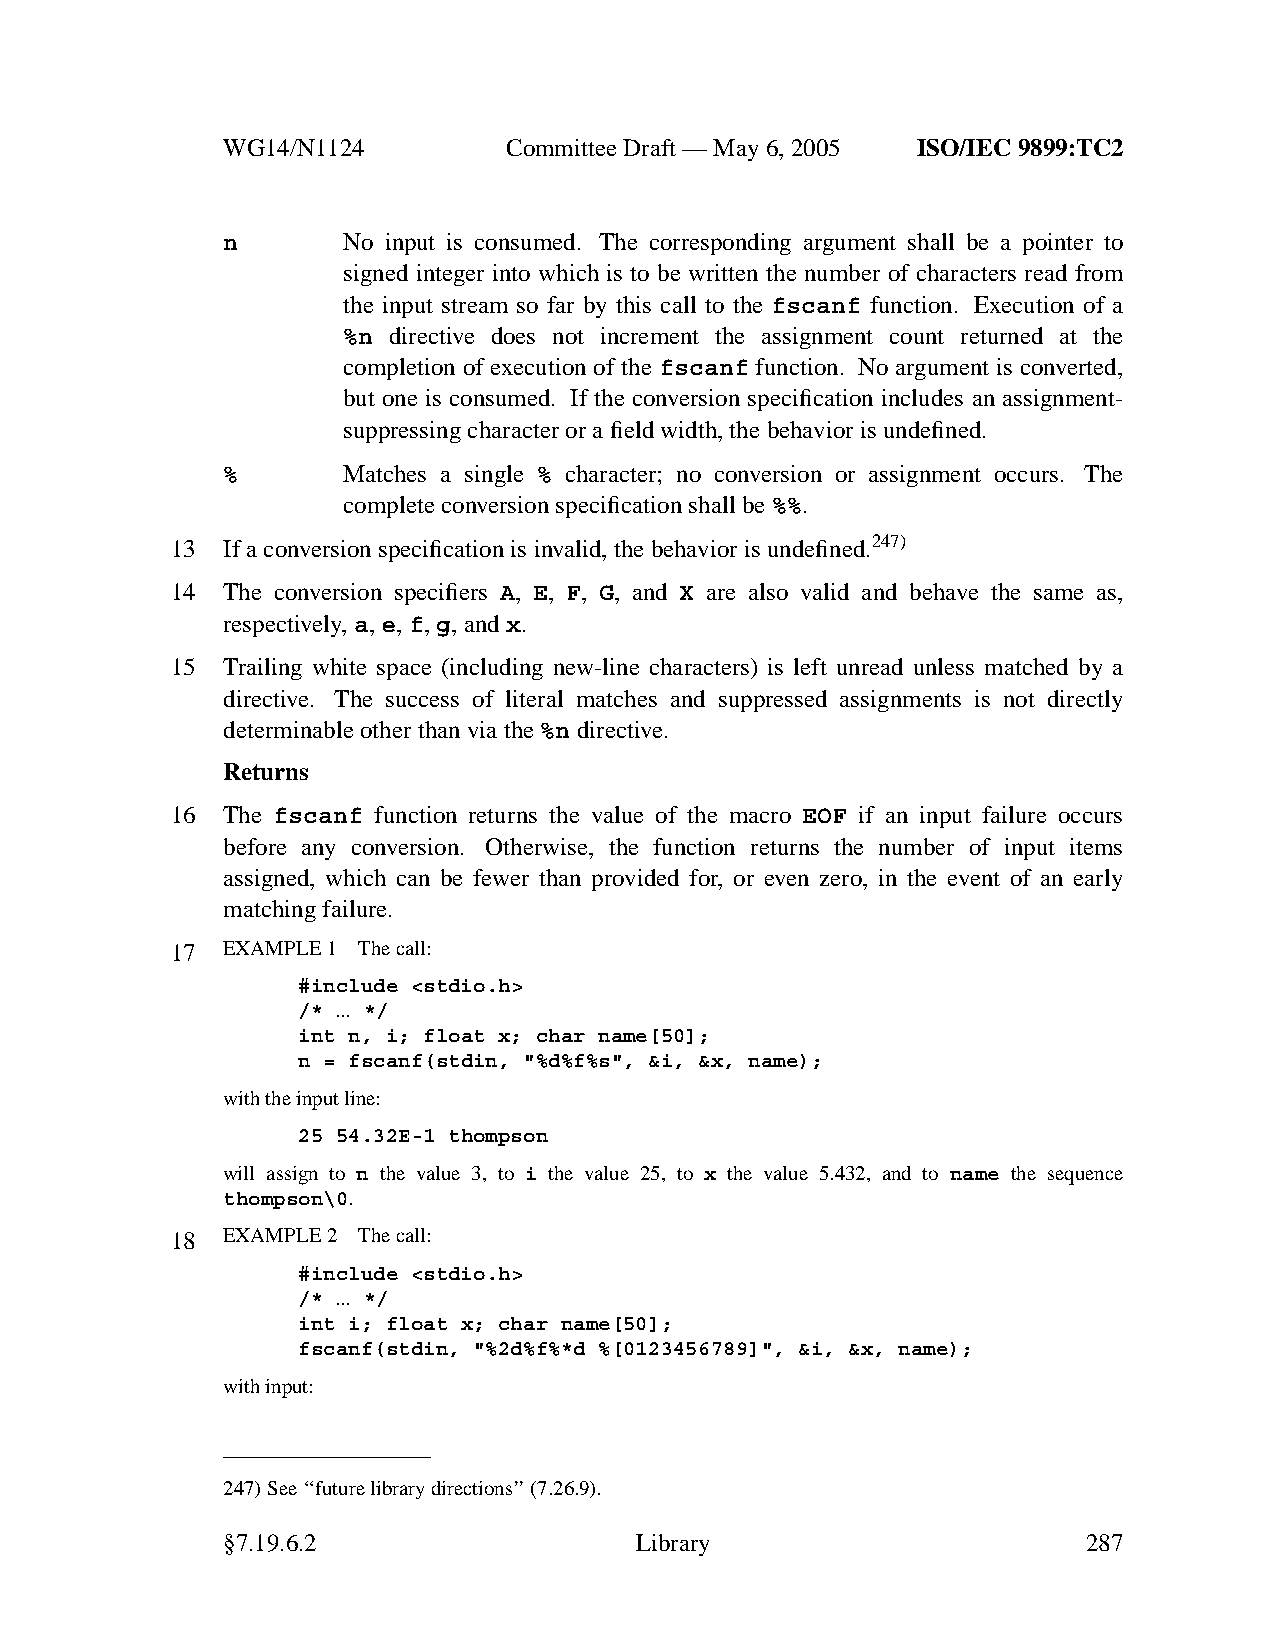
WG14/N1124        CommitteeDraft — May 6, 2005 ISO/IEC 9899:TC2
 n       No input is consumed. The corresponding argument shall be a pointer to
 signed integer into which is to be written the number of characters read from
 the input stream so far by this call to the fscanf function. Execution of a
 %n directive does not increment the assignment count returned at the
 completion of execution of the fscanf function. No argument is converted,
 but one is consumed. If the conversion specification includes an assignment-
 suppressing character or a field width, the behavior is undefined.
 %       Matches a single % character; no conversion or assignment occurs. The
 complete conversion specification shall be %%.
 13  If a conversion specification is invalid, the behavior is undefined.247)
 14  The conversion specifiers A, E, F, G, and X are also valid and behave the same as,
 respectively, a,e,f,g,andx.
 15  Trailing white space (including new-line characters) is left unread unless matched by a
 directive. The success of literal matches and suppressed assignments is not directly
 determinable other than via the%n directive.
 Returns
 16  The fscanf function returns the value of the macro EOF if an input failure occurs
 before any conversion. Otherwise, the function returns the number of input items
 assigned, which can be fewer than provided for, or even zero, in the event of an early
 matching failure.
 17  EXAMPLE 1 The call:
 #include <stdio.h>
 /* ... */
 int n, i; float x; char name[50];
 n = fscanf(stdin, "%d%f%s", &i, &x, name);
 with the input line:
 25 54.32E-1 thompson
 will assign to n the value 3, to i the value 25, to x the value 5.432, and to name the sequence
 thompson\0.
 18  EXAMPLE 2 The call:
 #include <stdio.h>
 /* ... */
 int i; float x; char name[50];
 fscanf(stdin, "%2d%f%*d %[0123456789]", &i, &x, name);
 with input:
 247)See ‘‘future library directions’’(7.26.9).
 §7.19.6.2                  Library                       287